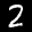
Label: 2